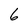
Character: 6